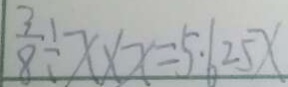
\frac { 3 } { 8 } \div x \times x = 5 . 6 2 5 x